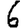
Digit: 6